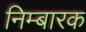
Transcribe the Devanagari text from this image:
निम्बारक